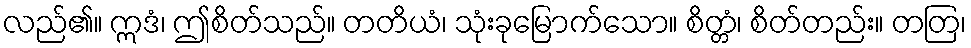
လည်၏။ ဣဒံ၊ ဤစိတ်သည်။ တတိယံ၊ သုံးခုမြောက်သော။ စိတ္တံ၊ စိတ်တည်း။ တတြ၊